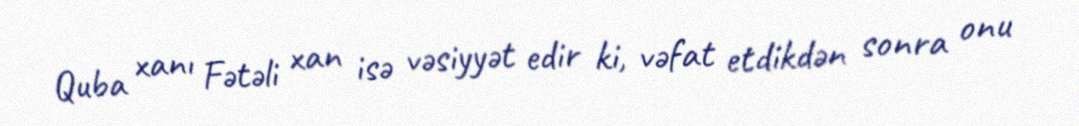
Quba xanı Fətəli xan isə vəsiyyət edir ki, vəfat etdikdən sonra onu